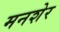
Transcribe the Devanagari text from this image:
मनशेर